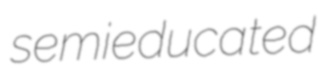
semieducated